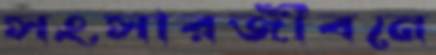
সংসারজীবনে